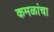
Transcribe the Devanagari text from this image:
कमळांचा